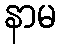
နာမ